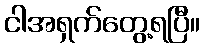
ငါအရှက်တွေ့ရပြီ။